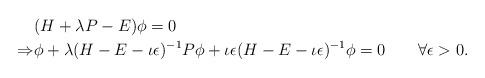
LaTeX: \begin{align*}&(H+\lambda P-E)\phi=0\\\Rightarrow& \phi+\lambda (H-E-\iota\epsilon)^{-1}P\phi+\iota\epsilon (H-E-\iota\epsilon)^{-1}\phi=0\qquad\forall \epsilon>0.\end{align*}